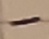
Text: -